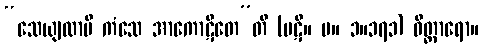
“သေယျထာပိ ကံသေ အာကောဋိတေ”တိ (ပဋိ။ မ။ ၁။၁၇၁) ဝိတ္ထာရော။